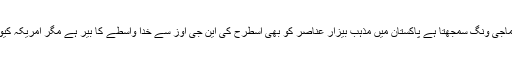
جماعت الدعوۃ کو بھی وہ لشکر طیبہ کا سماجی ونگ سمجھتا ہے پاکستان میں مذہب بیزار عناصر کو بھی اسطرح کی این جی اوز سے خدا واسطے کا بیر ہے مگر امریکہ کیوں ایک ایسی تنظیم کے پیچھے پڑ گیا ہے؟